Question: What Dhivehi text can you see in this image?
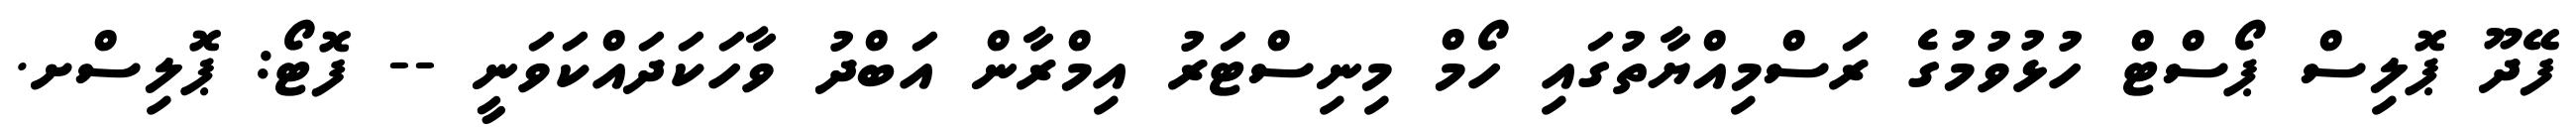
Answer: ފޭދޫ ޕޮލިސް ޕޯސްޓް ހުޅުވުމުގެ ރަސްމިއްޔާތުގައި ހޯމް މިނިސްޓަރު އިމްރާން އަބްދު ވާހަކަދައްކަވަނީ -- ފޮޓޯ: ޕޮލިސްށ.